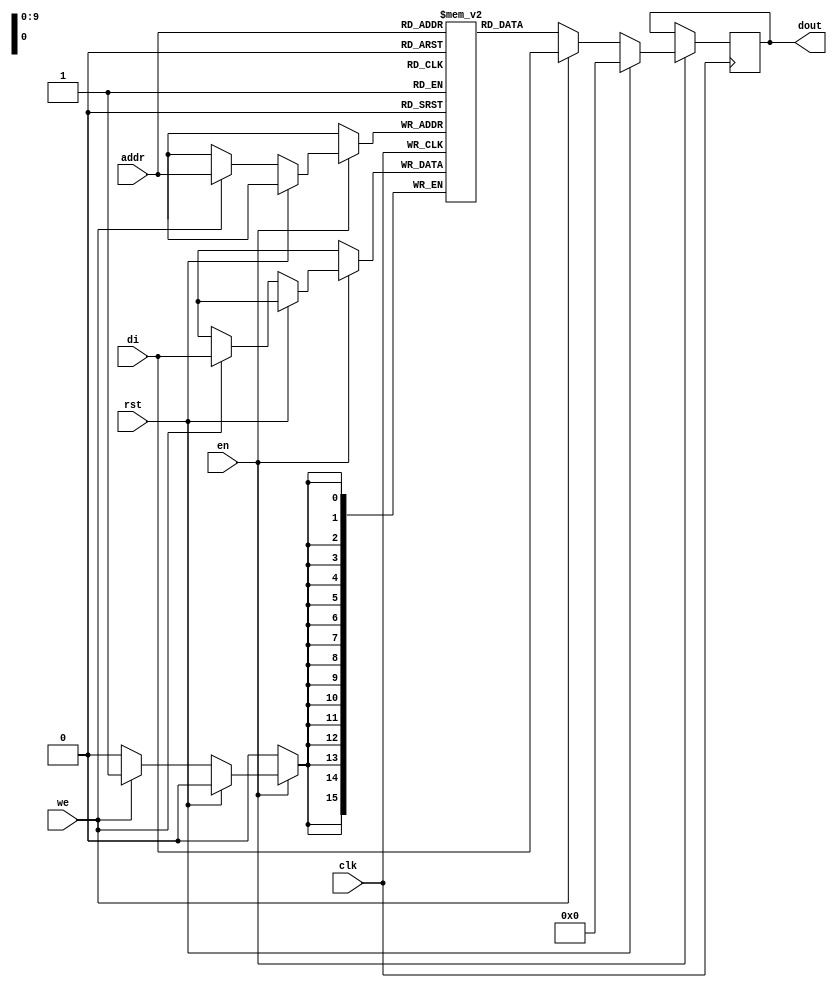

module rams_sp_wf_rst_en_1024x16 (clk, we, en, rst, addr, di, dout);
input clk;
input we;
input en;
input rst;
input [9:0] addr;
input [15:0] di;
output [15:0] dout;

reg [15:0] RAM [1023:0];
reg [15:0] dout;

always @(posedge clk)
    begin
        if(en) begin
            if (rst)
                dout <= 0;
            else if (we)
            begin
                RAM[addr] <= di;
                dout <= di;
            end
            else
                dout <= RAM[addr];
        end
    end
endmodule